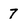
Character: 7